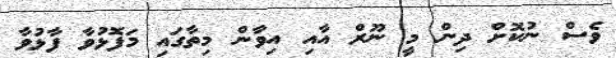
ވެސް ނުކޮށް ދިން މީ ނޫރް އާއި އިވާން މިތާގައި މަފޮޅުވާ ފާޅުވާ